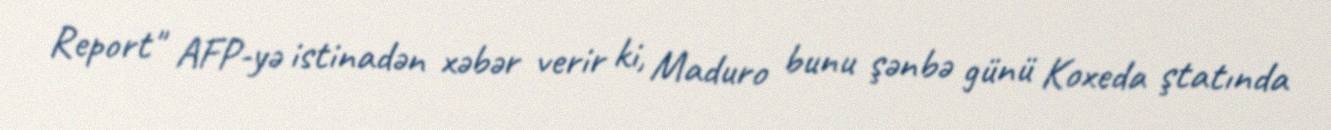
Report" AFP-yə istinadən xəbər verir ki, Maduro bunu şənbə günü Koxeda ştatında